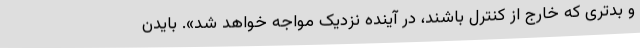
و بدتری که خارج از کنترل باشند، در آینده نزدیک مواجه خواهد شد». بایدن